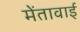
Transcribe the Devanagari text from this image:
मेंतावाई